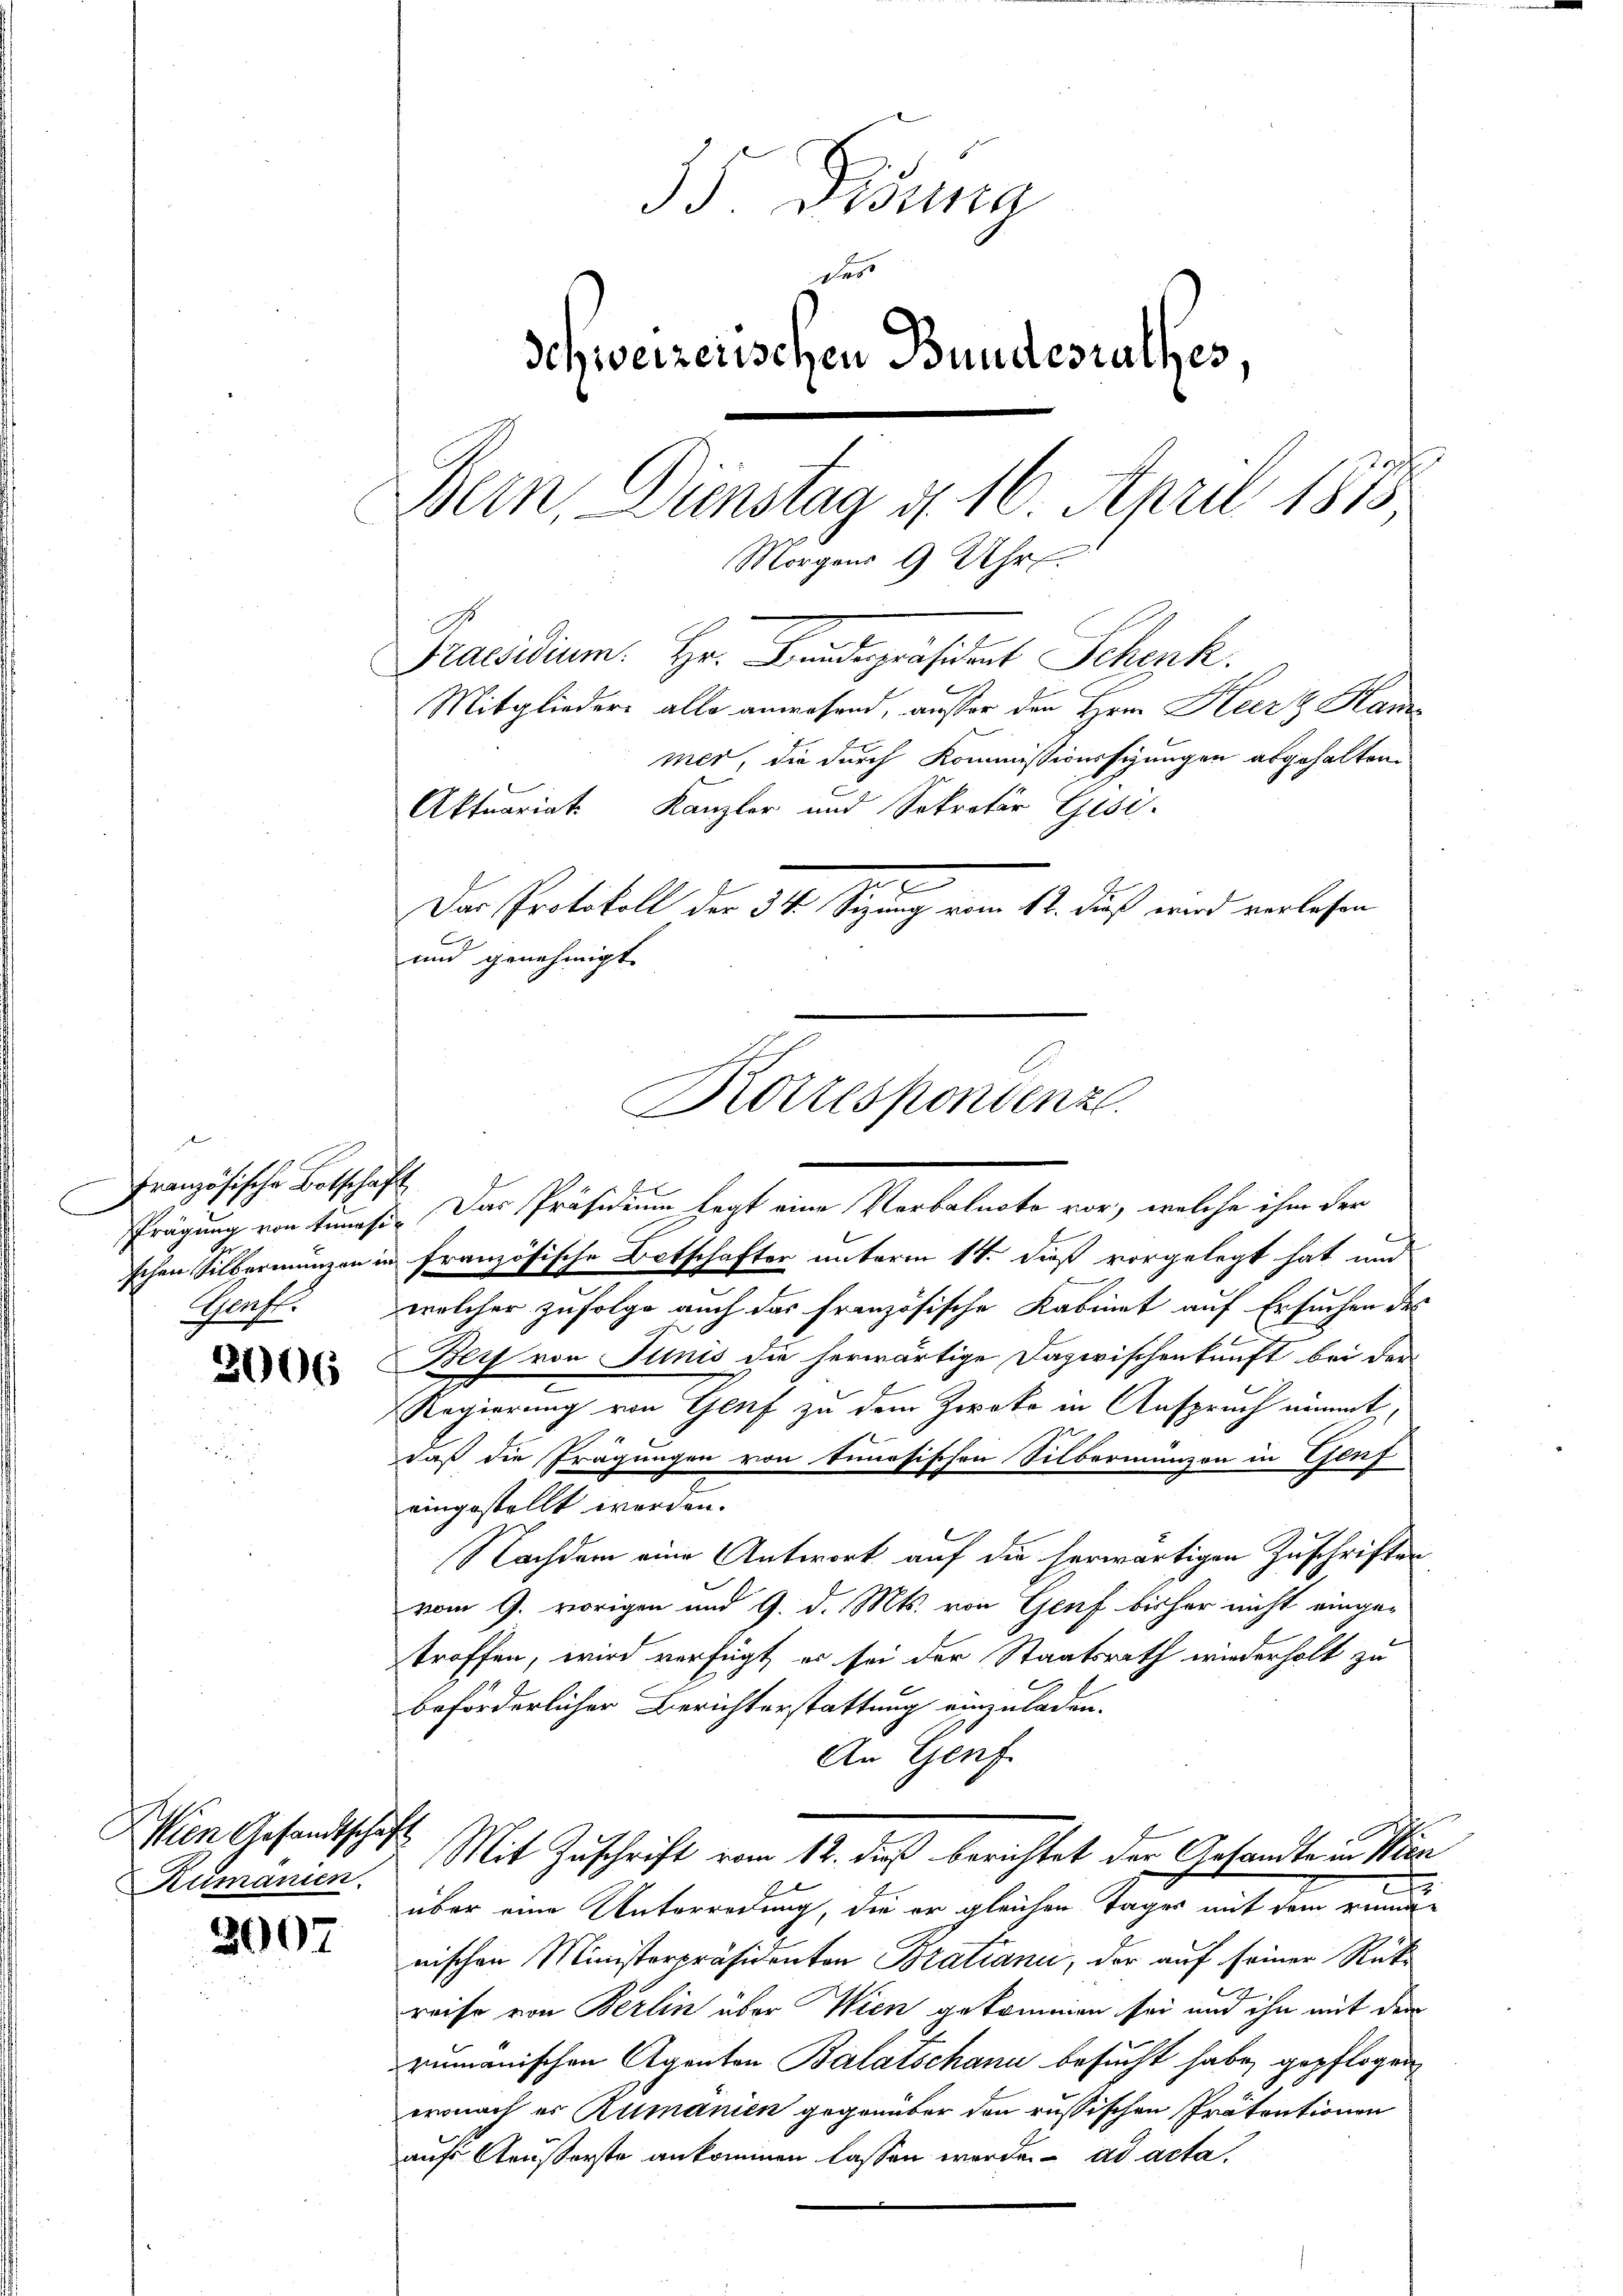
e
Französische Botschaft

2006

Wien Gesandtschäft
Rumanien.

2007

35. Disung
des
schweizerischen Bundestelles
Bern, Dienstag d. 16. April 1875
Morgens 9 Uhr.
¬
Praesidium. Hr. Bindepräsident Schenk.
g
Mitgliedere alle anwesend, ausser den Hrn. Kurz Hans
mer, die durch Kommissionssigungen abgehalten.
Aktuariat Kanzler und Sekretär Gisi-
.
Das Protokoll der 34 Sizung vom 12. Fuß wird vorlesen
und genehmigt.

Frägung von tummes. Das Präsidium legt eine Verbalnote vor, welche ihm der
schen Silbermungen in französische Botschafter unterm 14. dieß vorgelegt hat und
Gruft. welcher zufolge auch das französische Kabinet auf Ersuchen des
Bey von Junis die herwärtige Dazwischenkunft bei der
Regierung von Genf zu dem Zweke in Anspruch nimmt
daß die Tragungen von timmesischen Silbermünzen in Genf
eingestellt worden.
Nachdem eine Antwort auf die herwärtigen Zuschriften
vom 9. vorigen und 9. d. Mts. von Genf bisher nicht eingetroffen, wird verfügt, es sei der Staatsrath wiederholt zu
beförderlicher Berichterstattung einzuladen.
An Genf.
Mit Zuschrift vom 12. dieß berichtet der Gesandte in Wien
über eine Unterredung, die er gleichen Tages mit dem ringe
nischen Ministerpräsidenten Bratiani, der auf seiner Rück-
e
reise von Berlin über Wien gekommen sei und ihn mit dem
rumanischen Agenten Balatschann besucht habe, gepflogen
wonach es Rumanien gegenüber den russischen Prätentionen
aufs Aeußerste ankommen lassen werde. ad acta

Rottespondenz
¬